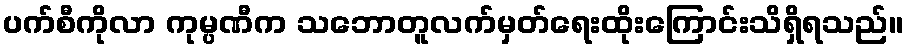
ပက်စီကိုလာ ကုမ္ပဏီက သဘောတူလက်မှတ်ရေးထိုးကြောင်းသိရှိရသည်။